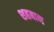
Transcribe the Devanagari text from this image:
शहबान